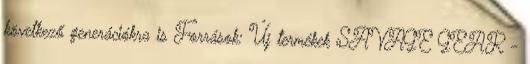
következő generációkra is Források: Új termékek SAVAGE GEAR -